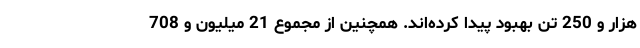
هزار و 250 تن بهبود پیدا کرده‌اند. همچنین از مجموع 21 میلیون و 708